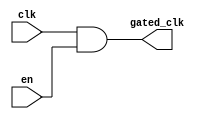
module MemoryBlockClockGating (
    input wire clk,       // Main clock signal
    input wire en,        // Enable signal to control clock gating
    output wire gated_clk // Gated clock signal for memory block
);

// Generate the gated clock signal using an AND gate
assign gated_clk = clk & en;

endmodule